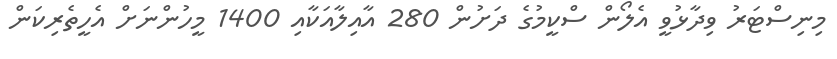
މިނިސްޓަރު ވިދާޅުވީ އެލޯން ސްކީމުގެ ދަށުން 280 އާއިލާއަކާއި 1400 މީހުންނަށް އެހީތެރިކަން